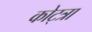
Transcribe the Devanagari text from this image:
कोट्त्रा